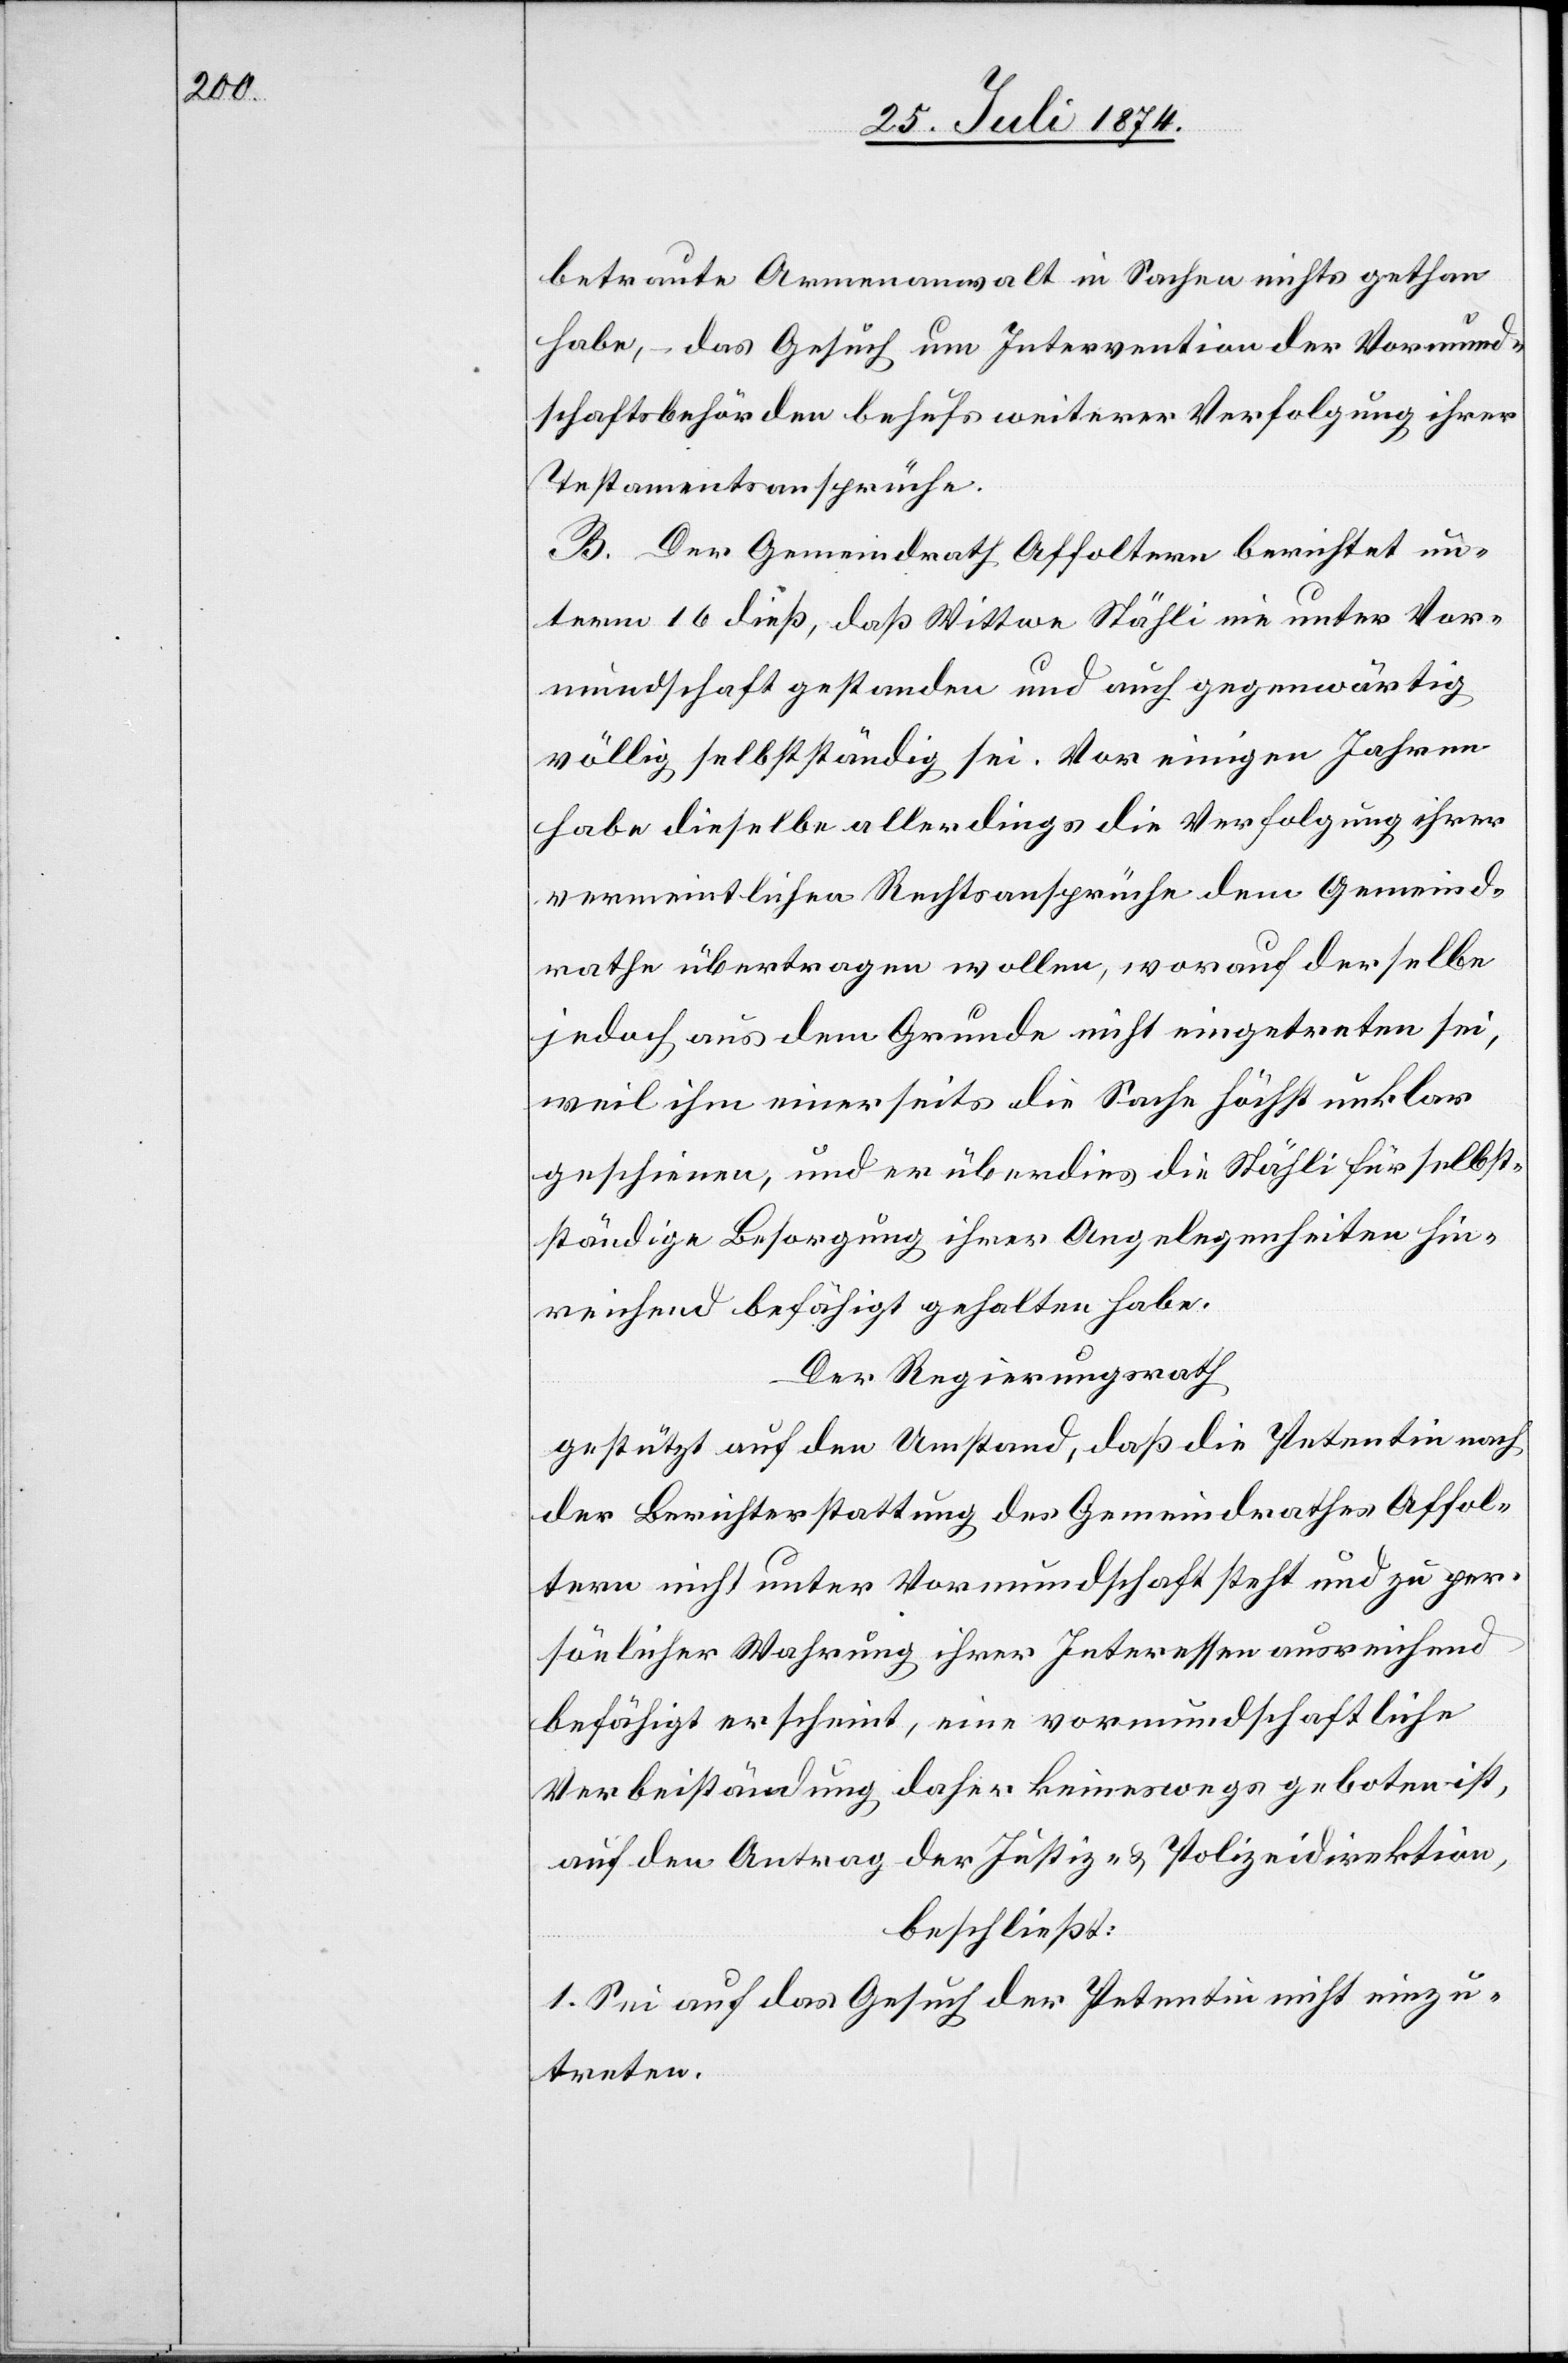
betraute Armenanwalt in Sachen nichts gethan
habe, – das Gesuch um Intervention der Vormund¬
schaftsbehörden behufs weiterer Verfolgung ihrer
Testamentsansprüche.
B. Der Gemeindrath Affoltern berichtet un¬
term 16. dieß, daß Wittwe Stähli nie unter Vor¬
mundschaft gestanden und auch gegenwärtig
völlig selbstständig sei. Vor einigen Jahren
habe dieselbe allerdings die Verfolgung ihrer
vermeintlichen Rechtsansprüche dem Gemeind¬
rathe übertragen wollen, worauf derselbe
jedoch aus dem Grunde nicht eingetreten sei,
weil ihm einerseits die Sache höchst unklar
geschienen, und er überdies die Stähli für selbst¬
ständige Besorgung ihrer Angelegenheit hin¬
reichend befähigt gehalten habe.
Der Regierungsrath
gestützt auf den Umstand, daß die Petentin nach
der Berichterstattung des Gemeindrathes Affol¬
tern nicht unter Vormundschaft steht und zu per¬
sönlicher Wahrung ihrer Interessen ausreichend
befähigt erscheint, eine vormundschaftliche
Verbeiständung daher keineswegs geboten ist,
auf den Antrag der Justiz- u Polizeidirektion,
beschließt:
1. Sei auf das Gesuch der Petentin nicht einzu¬
treten.